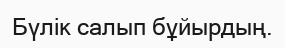
Бүлік салып бұйырдың.